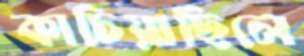
কাচিয়াছিলে